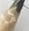
كما